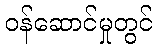
ဝန်ဆောင်မှုတွင်